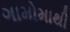
ગામોમાથી